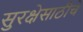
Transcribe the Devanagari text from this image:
सुरक्षेसाठीचे